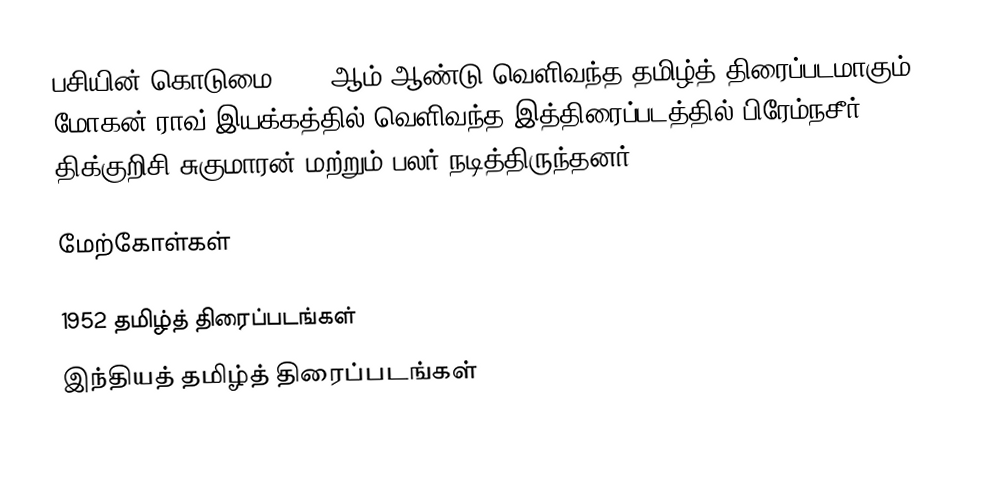
பசியின் கொடுமை 1952 ஆம் ஆண்டு வெளிவந்த தமிழ்த் திரைப்படமாகும். மோகன் ராவ் இயக்கத்தில் வெளிவந்த இத்திரைப்படத்தில் பிரேம்நசீர், திக்குறிசி சுகுமாரன் மற்றும் பலர் நடித்திருந்தனர்.

மேற்கோள்கள்

1952 தமிழ்த் திரைப்படங்கள்
இந்தியத் தமிழ்த் திரைப்படங்கள்